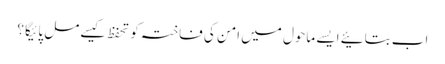
اب بتائیے ایسے ماحول میں امن کی فاختہ کو تحفظ کیسے مل پائیگا ؟